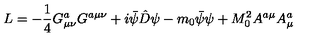
L = - \frac { 1 } { 4 } G _ { \mu \nu } ^ { a } G ^ { a \mu \nu } + i \bar { \psi } \hat { D } \psi - m _ { 0 } \bar { \psi } \psi + M _ { 0 } ^ { 2 } A ^ { a \mu } A _ { \mu } ^ { a }